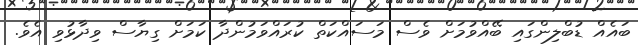
ބައެއް ޑުބްލިންގައި ބޭއްވުމަށް ވެސް މަސައްކަތް ކުރައްވަމުންދާ ކަމަށް ގިޔާސް ވިދާޅުވި އެވެ.